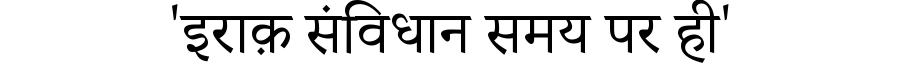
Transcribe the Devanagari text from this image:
'इराक़ संविधान समय पर ही'